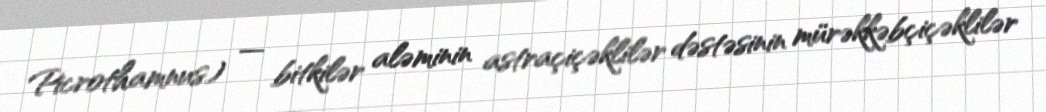
Picrothamnus) — bitkilər aləminin astraçiçəklilər dəstəsinin mürəkkəbçiçəklilər